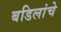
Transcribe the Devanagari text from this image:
बडिलांचे